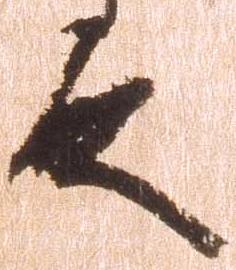
殿